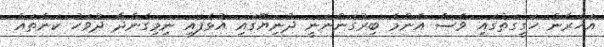
އަހަރެން ހަގީގަތުގައި ވެސް އެންމެ ބިރުގަންނަނީ ދުނިޔޭގައި އުޅެފައި ނިމިގެންދާ ދުވަހު ކަންތައް